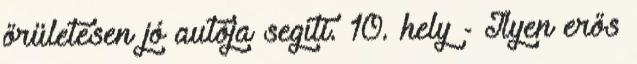
őrületesen jó autója segíti. 10. hely - Ilyen erős